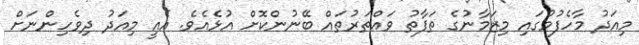
މިއަދު މާހެފުމުގައި މިޒަމާނުގެ ތަފާތު ވައްތަރުތައް ބޭނުންކޮށް އުޅެއެވެ. އެއީ މިއަދު ދިވެހިންނަށް